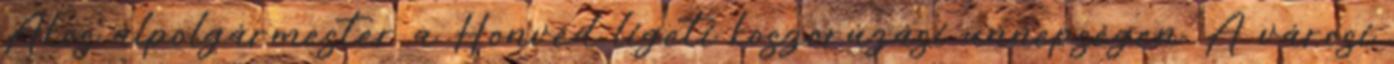
Ákos alpolgármester a Honvéd ligeti koszorúzási ünnepségen. A városi